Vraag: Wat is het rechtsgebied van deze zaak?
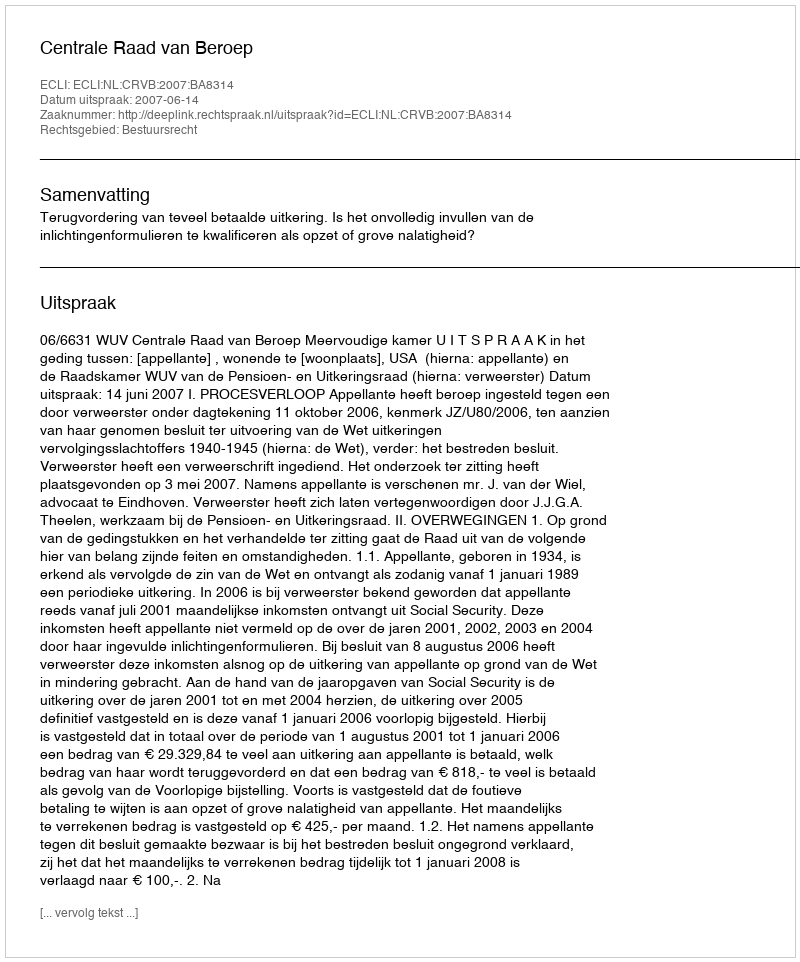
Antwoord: Bestuursrecht